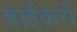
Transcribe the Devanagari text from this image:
हाईकरों